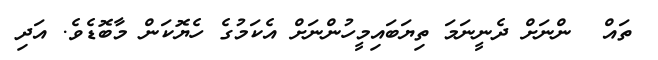
ތައް  ންނަށް ދެނީނަމަަ ތިޔަބައިމީހުންނަށް އެކަމުގެ ހެޔޮކަން މާބޮޑެވެ. އަދި